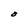
Character: O